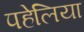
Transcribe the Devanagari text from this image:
पहेलिया